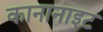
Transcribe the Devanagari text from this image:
कानानाइट